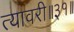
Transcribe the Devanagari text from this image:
त्यावरी॥३१॥